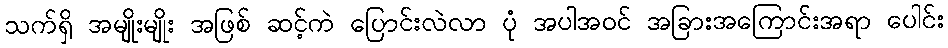
သက်ရှိ အမျိုးမျိုး အဖြစ် ဆင့်ကဲ ပြောင်းလဲလာ ပုံ အပါအဝင် အခြားအကြောင်းအရာ ပေါင်း